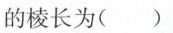
的棱长为( )